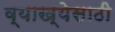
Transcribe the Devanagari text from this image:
व्याख्येसाठी